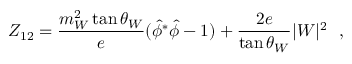
Z _ { 1 2 } = \frac { m _ { W } ^ { 2 } \tan \theta _ { W } } { e } ( { \hat { \phi } } ^ { * } \hat { \phi } - 1 ) + \frac { 2 e } { \tan \theta _ { W } } | W | ^ { 2 } ~ ~ ,